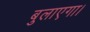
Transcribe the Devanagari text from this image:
बुलाएगा।